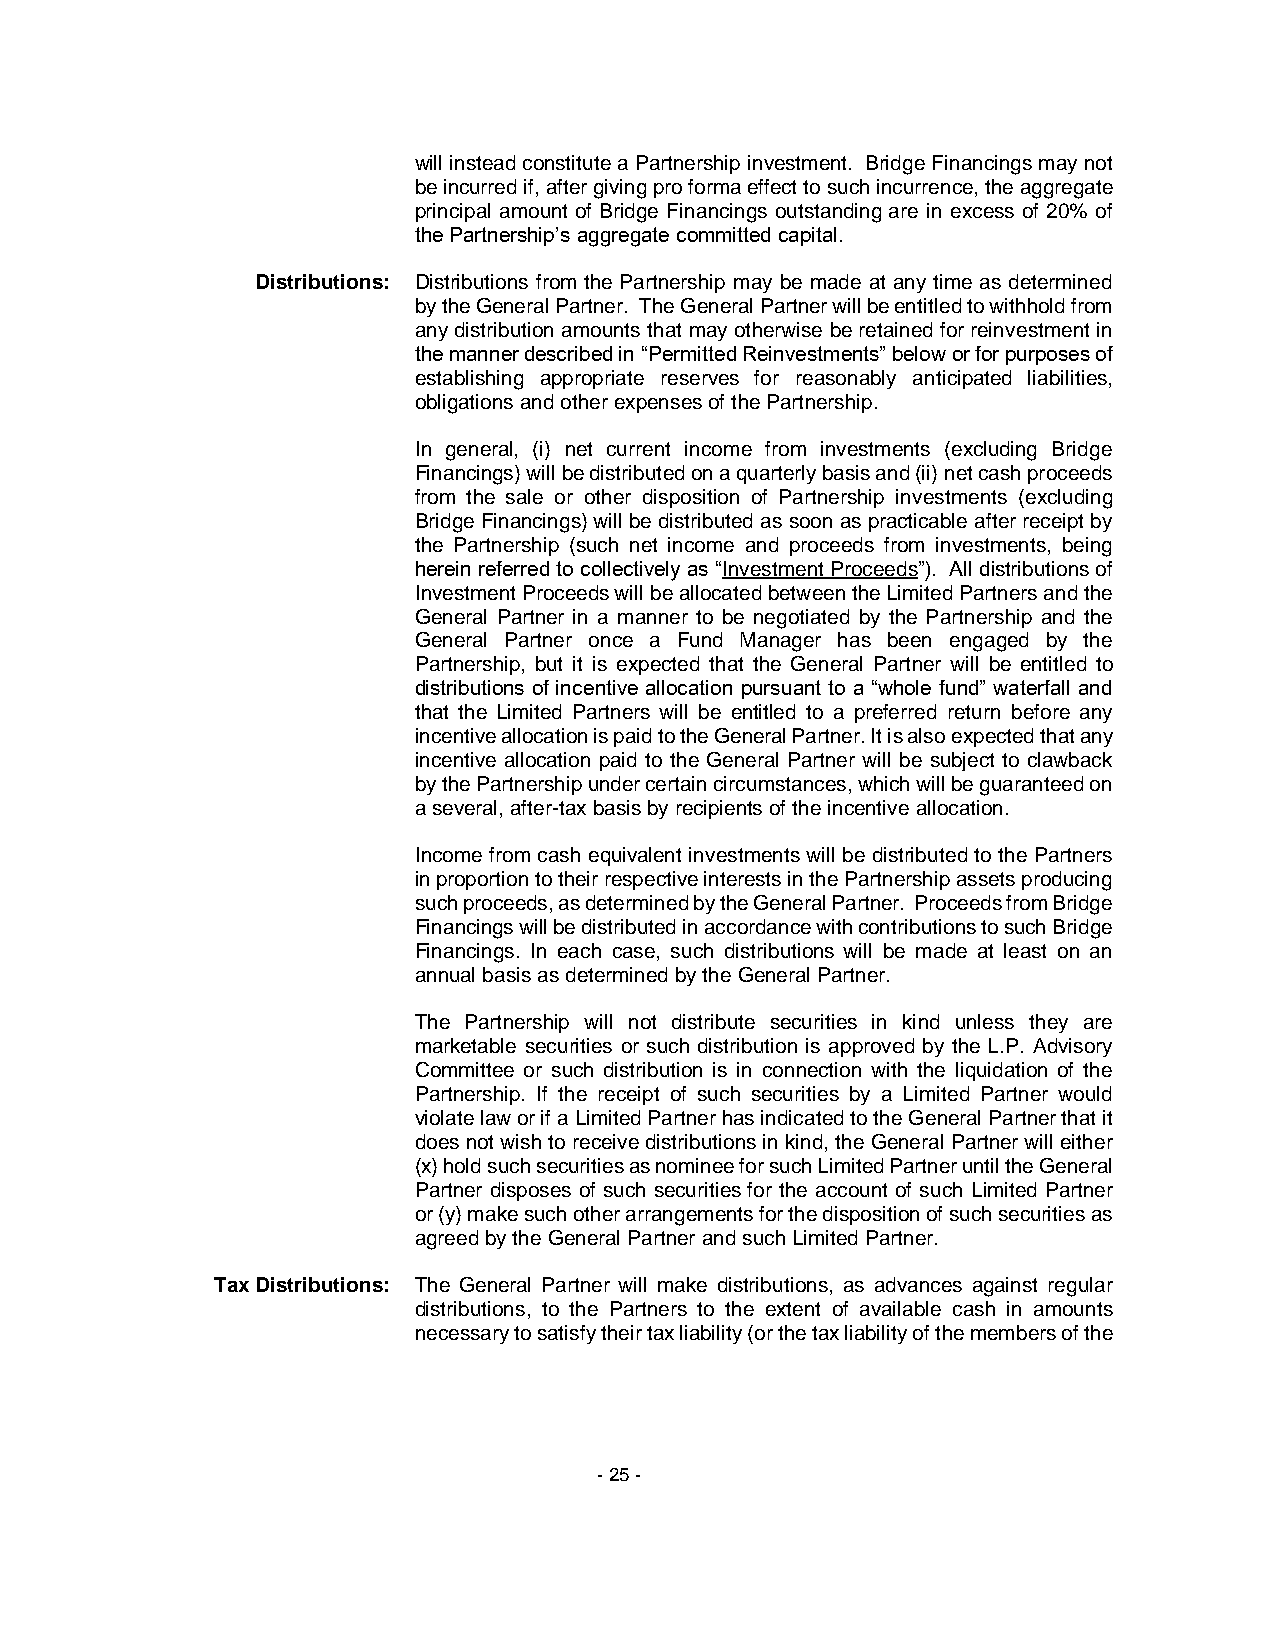
will instead constitute a Partnership investment. Bridge Financings may not
 be incurred if, after giving pro forma effect to such incurrence, the aggregate
 principal amount of Bridge Financings outstanding are in excess of 20% of
 the Partnership’s aggregate committed capital.
 Distributions: Distributions from the Partnership may be made at any time as determined
 by the General Partner. The General Partner will be entitled to withhold from
 any distribution amounts that may otherwise be retained for reinvestment in
 the manner described in “Permitted Reinvestments” below or for purposes of
 establishing appropriate reserves for reasonably anticipated liabilities,
 obligations and other expenses of the Partnership.
 In general, (i) net current income from investments (excluding Bridge
 Financings) will be distributed on a quarterly basis and (ii) net cash proceeds
 from the sale or other disposition of Partnership investments (excluding
 Bridge Financings) will be distributed as soon as practicable after receipt by
 the Partnership (such net income and proceeds from investments, being
 herein referred to collectively as “Investment Proceeds”). All distributions of
 Investment Proceeds will be allocated between the Limited Partners and the
 General Partner in a manner to be negotiated by the Partnership and the
 General Partner once a Fund Manager has been engaged by the
 Partnership, but it is expected that the General Partner will be entitled to
 distributions of incentive allocation pursuant to a “whole fund” waterfall and
 that the Limited Partners will be entitled to a preferred return before any
 incentive allocation is paid to the General Partner. It is also expected that any
 incentive allocation paid to the General Partner will be subject to clawback
 by the Partnership under certain circumstances, which will be guaranteed on
 a several, after-tax basis by recipients of the incentive allocation.
 Income from cash equivalent investments will be distributed to the Partners
 in proportion to their respective interests in the Partnership assets producing
 such proceeds, as determined by the General Partner. Proceeds from Bridge
 Financings will be distributed in accordance with contributions to such Bridge
 Financings. In each case, such distributions will be made at least on an
 annual basis as determined by the General Partner.
 The Partnership will not distribute securities in kind unless they are
 marketable securities or such distribution is approved by the L.P. Advisory
 Committee or such distribution is in connection with the liquidation of the
 Partnership. If the receipt of such securities by a Limited Partner would
 violate law or if a Limited Partner has indicated to the General Partner that it
 does not wish to receive distributions in kind, the General Partner will either
 (x) hold such securities as nominee for such Limited Partner until the General
 Partner disposes of such securities for the account of such Limited Partner
 or (y) make such other arrangements for the disposition of such securities as
 agreed by the General Partner and such Limited Partner.
 Tax Distributions: The General Partner will make distributions, as advances against regular
 distributions, to the Partners to the extent of available cash in amounts
 necessary to satisfy their tax liability (or the tax liability of the members of the
 - 25 -